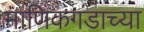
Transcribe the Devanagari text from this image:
माणिकगडाच्या